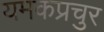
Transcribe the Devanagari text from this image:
यमकप्रचुर